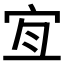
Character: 𡧧